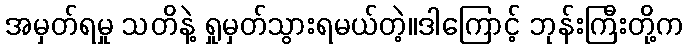
အမှတ်ရမှု သတိနဲ့ ရှုမှတ်သွားရမယ်တဲ့။ဒါကြောင့် ဘုန်းကြီးတို့က